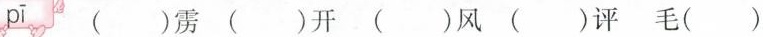
pī ()雳 ()开 ()风 ()评 毛()